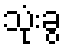
သုံးခွ